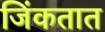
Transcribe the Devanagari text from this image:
जिंकतात